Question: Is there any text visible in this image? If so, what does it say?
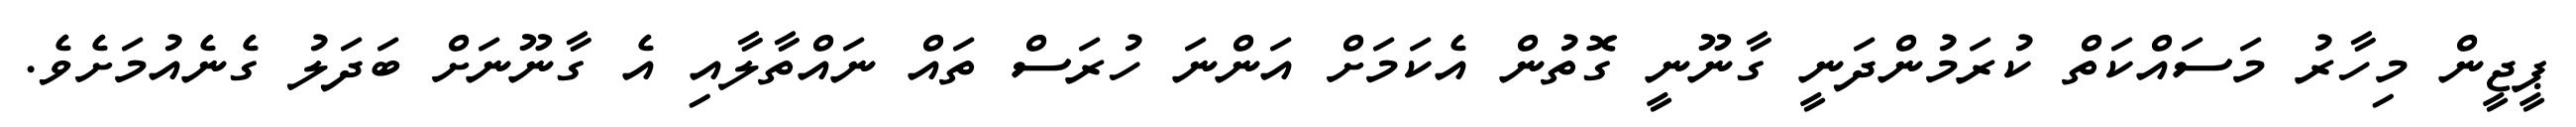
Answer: ޕީޖީން މިހާރު މަސައްކަތް ކުރަމުންދަނީ ގާނޫނީ ގޮތުން އެކަމަށް އަންނަ ހުރަސް ތައް ނައްތާލާއި އެ ގާނޫނަށް ބަދަލު ގެނެއުމަށެވެ.